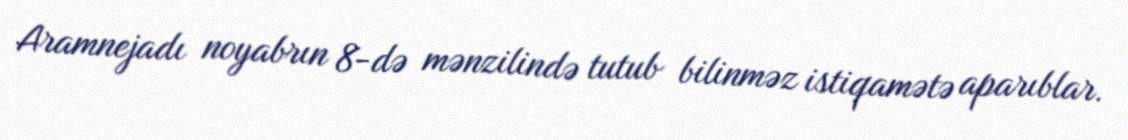
Aramnejadı noyabrın 8-də mənzilində tutub bilinməz istiqamətə aparıblar.